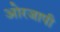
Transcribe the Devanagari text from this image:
ओरजापी